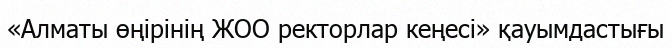
«Алматы өңірінің ЖОО ректорлар кеңесі» қауымдастығы